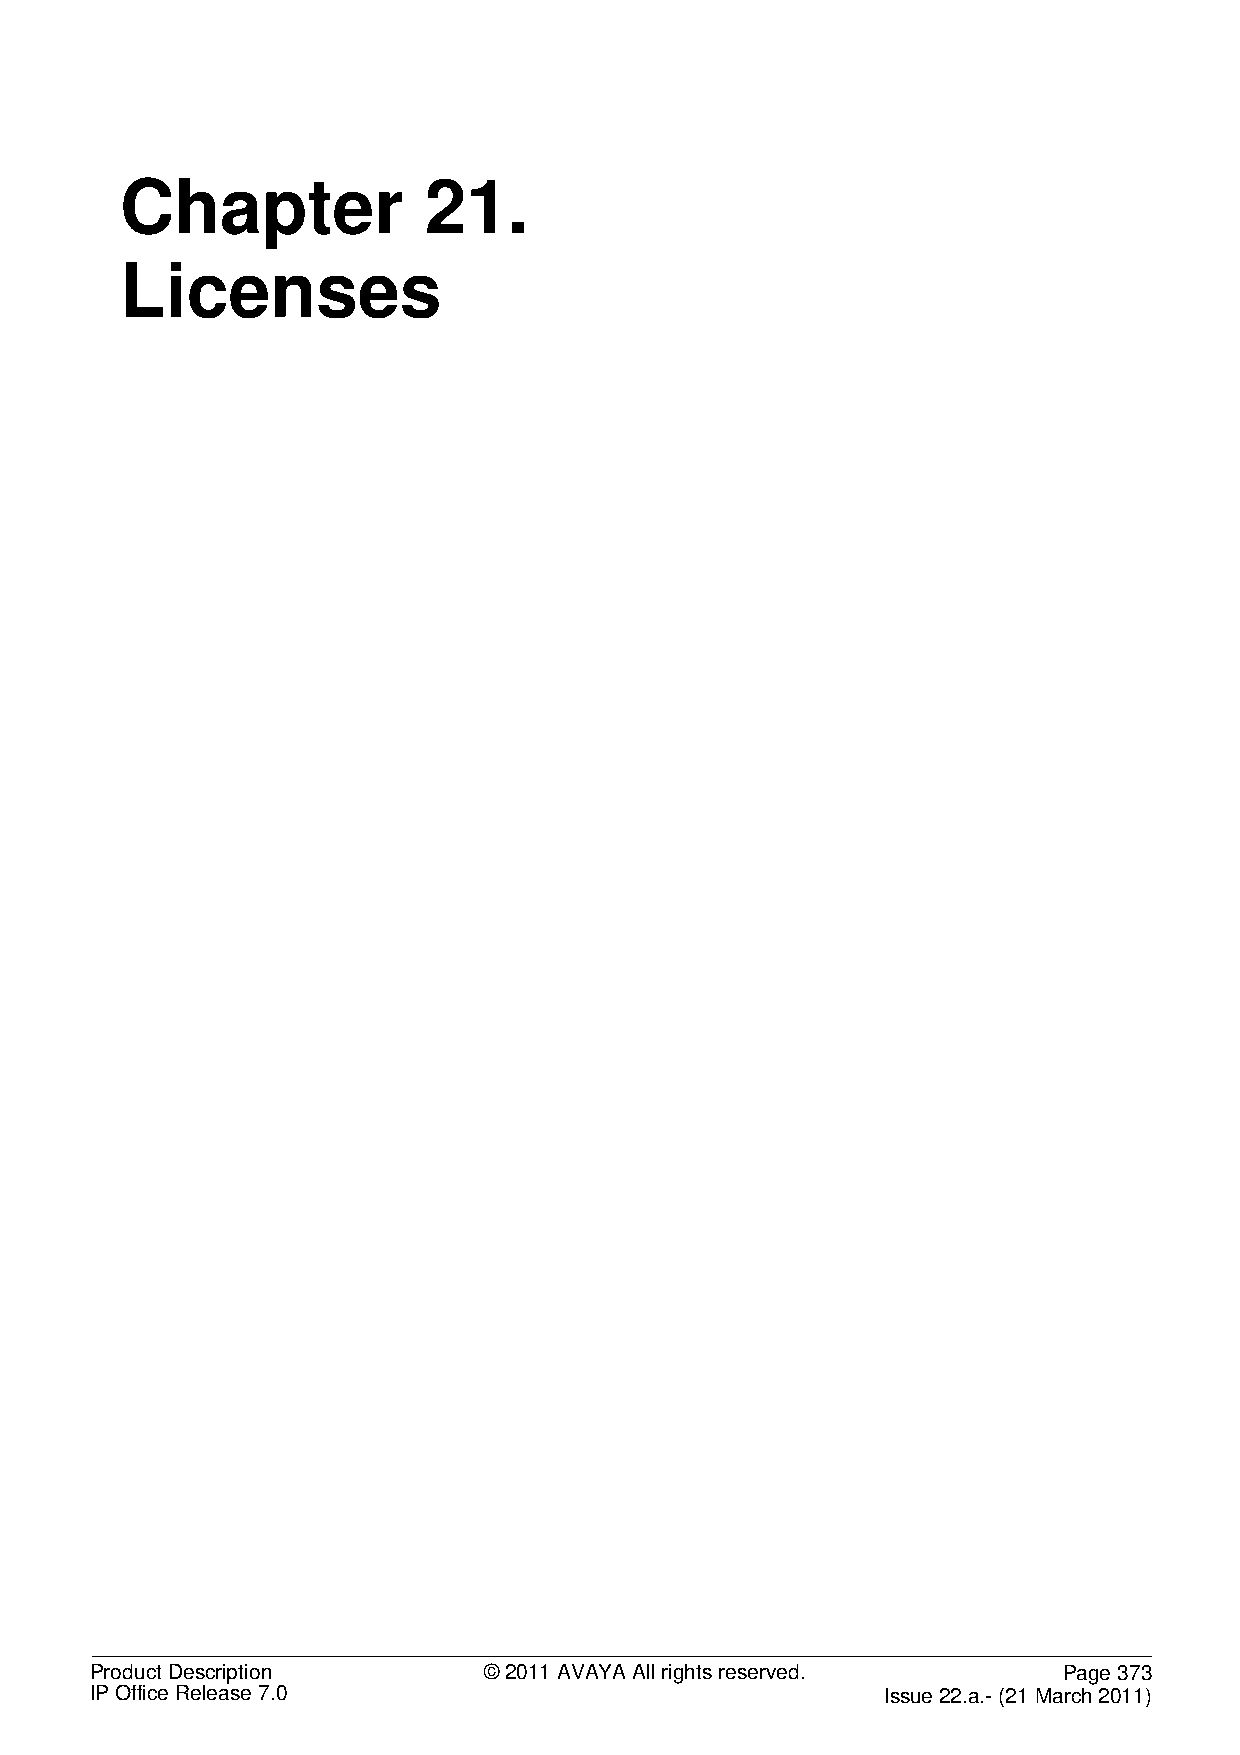
Chapter             21.
 Licenses
 Product Description       © 2011 AVAYA All rights reserved.     Page 373
 IP Office Release 7.0                                Issue 22.a.- (21 March 2011)